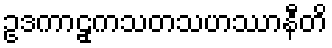
ဥဒကာဠှကသတသဟဿာနီတိ